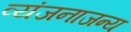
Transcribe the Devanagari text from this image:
व्यंजनाजन्य